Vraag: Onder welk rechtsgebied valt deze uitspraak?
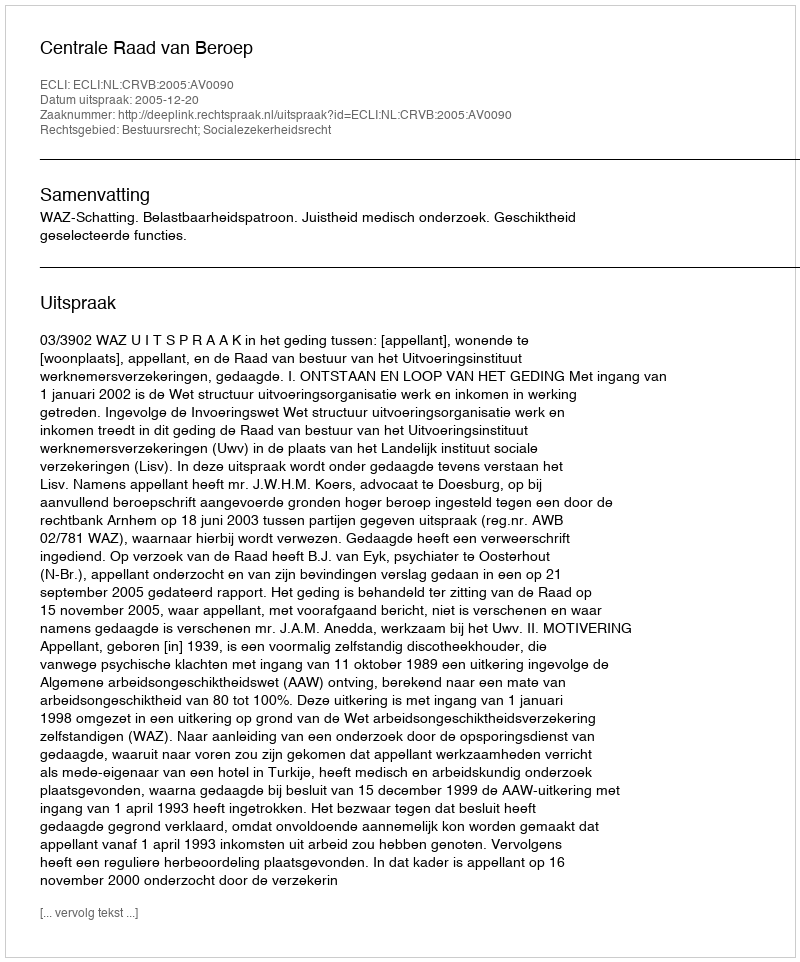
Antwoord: Bestuursrecht; Socialezekerheidsrecht